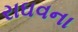
રાઘવના